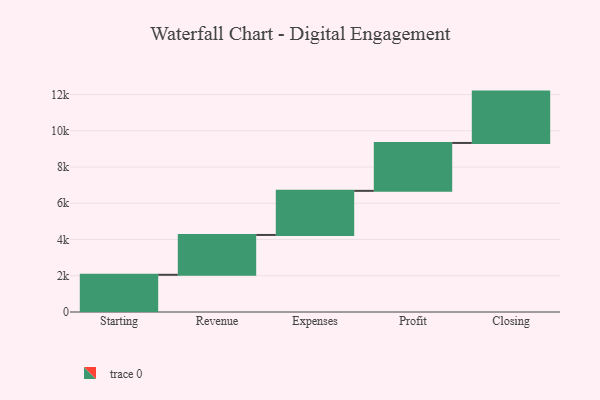
{"axis": {"x": "Step", "y": "Value"}, "legend": [""], "data": [{"x": "Starting", "y": 2054.0, "type": ""}, {"x": "Revenue", "y": 2198.0, "type": ""}, {"x": "Expenses", "y": 2435.0, "type": ""}, {"x": "Profit", "y": 2644.0, "type": ""}, {"x": "Closing", "y": 2834.0, "type": ""}]}